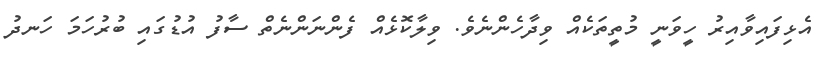
އެޅިފައިވާއިރު ހީވަނީ މުތީތަކެއް ވިދާހެންނެވެ. ވިލާކޮޅެއް ފެންނަންނެތް ސާފު އުޑުގައި ބުރުހަމަ ހަނދު